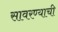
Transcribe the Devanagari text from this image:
सावरण्याची